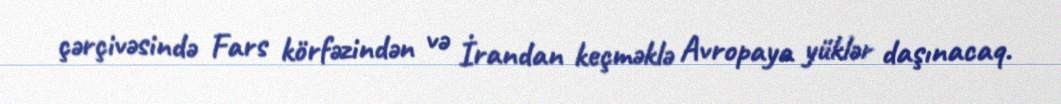
çərçivəsində Fars körfəzindən və İrandan keçməklə Avropaya yüklər daşınacaq.